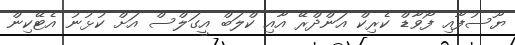
ޔޫސުފާއި ފޯވާޑް ކެރިކް އަންދްރޭ އާއި ކްލަބް އީގަލްސް އަށް ކުޅުނު އެޓޭކިން